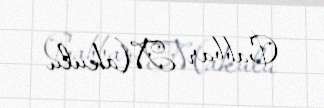
Cabbar Makulu